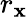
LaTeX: r_{\mathbf{x}}